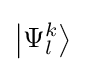
\left|\Psi _{l}^{k}\right\rangle